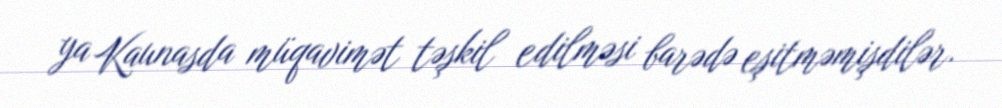
ya Kaunasda müqavimət təşkil edilməsi barədə eşitməmişdilər.